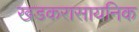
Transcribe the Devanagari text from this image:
खडकरासायनिक